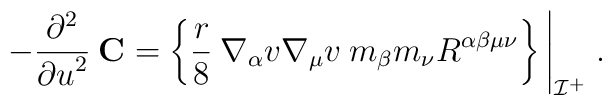
-\frac{\partial^2}{{\partial u}^2}\: {\bf C}= \left\{\frac{r}{8}\:\nabla_{\alpha}v \nabla_{\mu}v \:m_{\beta} m_{\nu}R^{\alpha\beta\mu\nu}\right\}\Biggl|_{{\cal I}^+}\;.